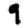
Digit: 9